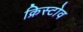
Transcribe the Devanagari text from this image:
क्रिस्टोव